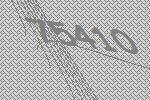
75410